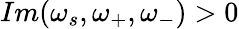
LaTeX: Im(\omega_{s},\omega_{+},\omega_{-})>0